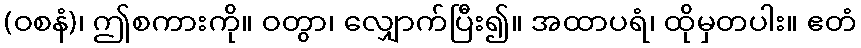
(ဝစနံ)၊ ဤစကားကို။ ဝတွာ၊ လျှောက်ပြီး၍။ အထာပရံ၊ ထိုမှတပါး။ ဧတံ